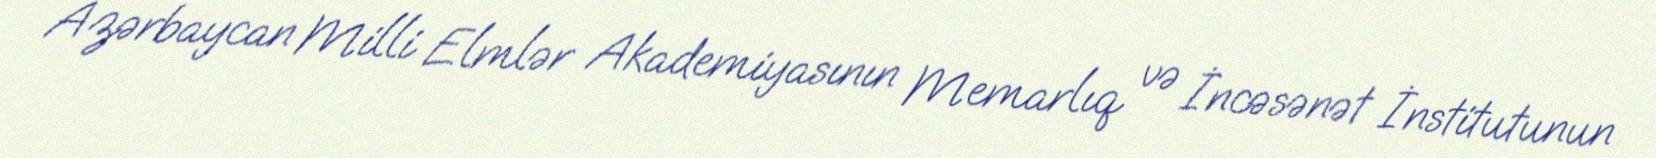
Azərbaycan Milli Elmlər Akademiyasının Memarlıq və İncəsənət İnstitutunun